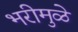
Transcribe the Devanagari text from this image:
भरीमुळे